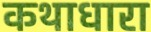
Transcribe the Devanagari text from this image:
कथाधारा